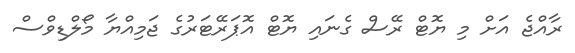
ރާއްޖެ އަށް މި ޔޮޓް ރޭސް ގެނައި ޔޮޓް އޮޕަރޭޓަރުގެ ޖަމިއްޔާ މޯލްޑިވްސް